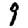
Digit: 9